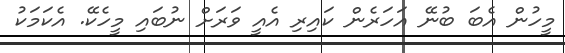
މީހުން އެބަ ބުނޭ އަހަރެން ކައިރި އެއީ ވަރަށް ނުބައި މީހެކޭ. އެކަމަކު